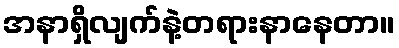
အနာရှိလျက်နဲ့တရားနာနေတာ။